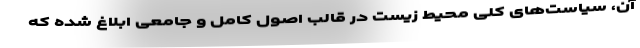
آن، سیاست‌های کلی محیط زیست در قالب اصول کامل و جامعی ابلاغ شده که